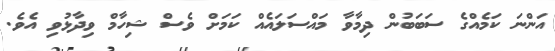
އަންނަ ކަމެއްގެ ސަބަބުން ދިމާވާ މައްސަލައެއް ކަމަށް ވެސް ޝިހާމް ވިދާޅުވި އެވެ.